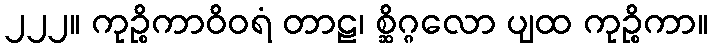
၂၂၂။ ကုဉ္စိကာဝိဝရံ တာဠ၊ စ္ဆိဂ္ဂလော ပျထ ကုဉ္စိကာ။